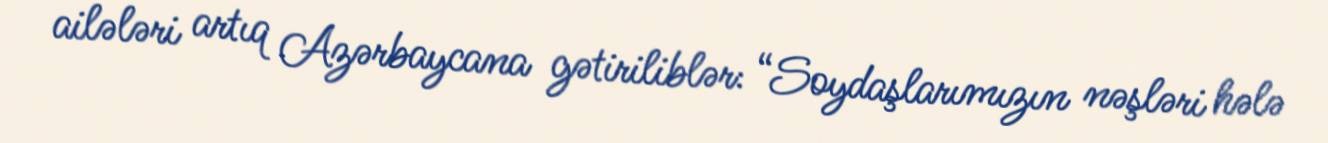
ailələri artıq Azərbaycana gətiriliblər: “Soydaşlarımızın nəşləri hələ